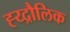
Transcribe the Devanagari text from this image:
ह्य्द्रौलिक